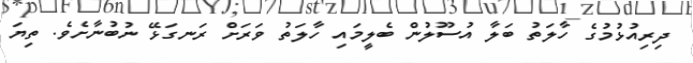
ދިރިއުޅުމުގެ ހާލަތު ބަލާ އުސޫލުން ބެލީމައި ހާލަތު ވަރަށް ރަނގަޅޭ ނުބުނާށެވެ. ތިޔަ